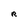
Character: R